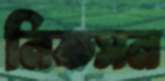
নিকসন